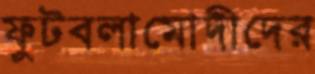
ফুটবলামোদীদের